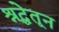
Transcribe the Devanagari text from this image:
श्रद्धेतून